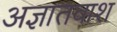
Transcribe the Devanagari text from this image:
अज्ञातवाश